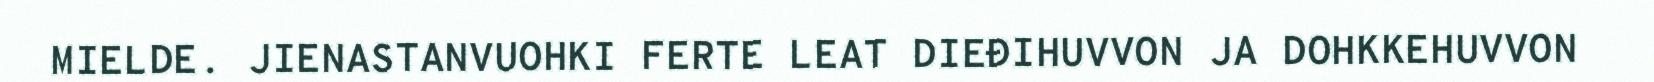
MIELDE. JIENASTANVUOHKI FERTE LEAT DIEĐIHUVVON JA DOHKKEHUVVON